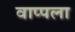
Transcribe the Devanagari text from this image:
वाप्पला